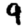
Digit: 9